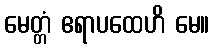
မေတ္တံ ဧရာပထေဟိ မေ။